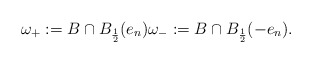
\begin{align*} \omega_+:={B}\cap B_{\frac{1}{2}}(e_n) \omega_-:={B}\cap B_{\frac{1}{2}}(-e_n).\end{align*}